Indian journal of veterinary science and animal husbandry - Volume 13,
Year: 1943
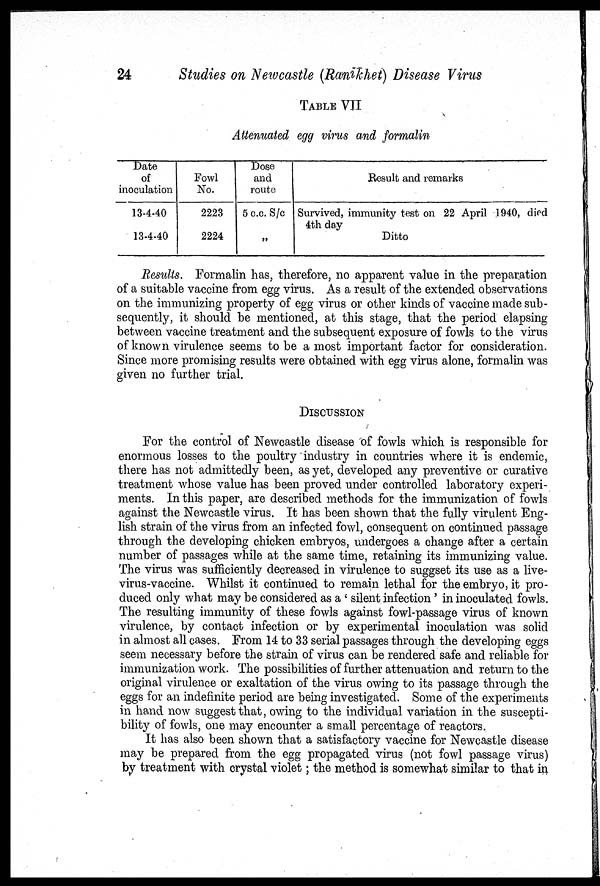
24
Studies on Newcastle (Ranikhet) Disease Virus
TABLE VII
Attenuated egg virus and formalin
Date
of
inoculation
13-4-40
13-4-40
Fowl
No.
2223
2224
Dose
and
route
5 c.c. S/c
„
Result and remarks
Survived, immunity test on 22 April 1940, died
4th day
Ditto
Results. Formalin has, therefore, no apparent value in the preparation
of a suitable vaccine from egg virus. As a result of the extended observations
on the immunizing property of egg virus or other kinds of vaccine made sub-
sequently, it should be mentioned, at this stage, that the period elapsing
between vaccine treatment and the subsequent exposure of fowls to the virus
of known virulence seems to be a most important factor for consideration.
Since more promising results were obtained with egg virus alone, formalin was
given no further trial.
DISCUSSION
For the control of Newcastle disease of fowls which is responsible for
enormous losses to the poultry industry in countries where it is endemic,
there has not admittedly been, as yet, developed any preventive or curative
treatment whose value has been proved under controlled laboratory experi-
ments. In this paper, are described methods for the immunization of fowls
against the Newcastle virus. It has been shown that the fully virulent Eng-
lish strain of the virus from an infected fowl, consequent on continued passage
through the developing chicken embryos, undergoes a change after a certain
number of passages while at the same time, retaining its immunizing value.
The virus was sufficiently decreased in virulence to suggset its use as a live-
virus-vaccine. Whilst it continued to remain lethal for the embryo, it pro-
duced only what may be considered as a ' silent infection' in inoculated fowls.
The resulting immunity of these fowls against fowl-passage virus of known
virulence, by contact infection or by experimental inoculation was solid
in almost all cases. From 14 to 33 serial passages through the developing eggs
seem necessary before the strain of virus can be rendered safe and reliable for
immunization work. The possibilities of further attenuation and return to the
original virulence or exaltation of the virus owing to its passage through the
eggs for an indefinite period are being investigated. Some of the experiments
in hand now suggest that, owing to the individual variation in the suscepti-
bility of fowls, one may encounter a small percentage of reactors.
It has also been shown that a satisfactory vaccine for Newcastle disease
may be prepared from the egg propagated virus (not fowl passage virus)
by treatment with crystal violet; the method is somewhat similar to that in